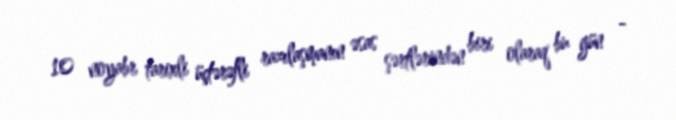
10 noyabr tarixli üçtərəfli razılaşmanın əsas şərtlərindən biri olaraq bu gün -